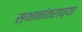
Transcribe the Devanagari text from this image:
स्थानांतराच्या